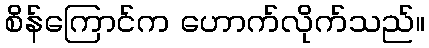
စိန်ကြောင်က ဟောက်လိုက်သည်။